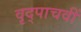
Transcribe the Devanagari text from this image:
वृद्पाचवीं